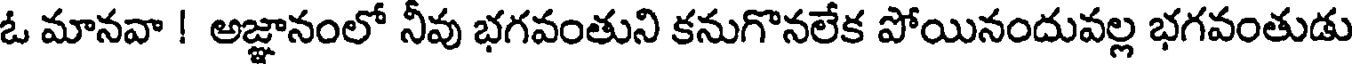
ఓ మానవా ! అజ్ఞానంలో నీవు భగవంతుని కనుగొనలేక పోయినందువల్ల భగవంతుడు